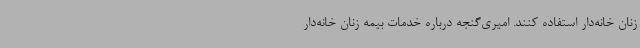
زنان خانه‌دار استفاده کنند. امیری‌گنجه درباره خدمات بیمه زنان خانه‌دار